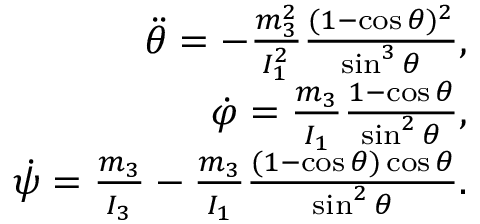
\begin{array} { r } { \ddot { \theta } = - \frac { m _ { 3 } ^ { 2 } } { I _ { 1 } ^ { 2 } } \frac { ( 1 - \cos \theta ) ^ { 2 } } { \sin ^ { 3 } \theta } , } \\ { \dot { \varphi } = \frac { m _ { 3 } } { I _ { 1 } } \frac { 1 - \cos \theta } { \sin ^ { 2 } \theta } , } \\ { \dot { \psi } = \frac { m _ { 3 } } { I _ { 3 } } - \frac { m _ { 3 } } { I _ { 1 } } \frac { ( 1 - \cos \theta ) \cos \theta } { \sin ^ { 2 } \theta } . } \end{array}